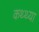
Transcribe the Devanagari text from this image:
कथ्थ्या